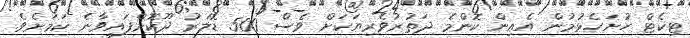
ޓިކެޓް ހުށަހެޅުމުން އެއިން ކޮންމެ ދަތުރުވެރިޔަކަށް ވެސް 500 ޑޮލަރު ދޫކޮށްފައިވާނެ ކަމަށެވެ.